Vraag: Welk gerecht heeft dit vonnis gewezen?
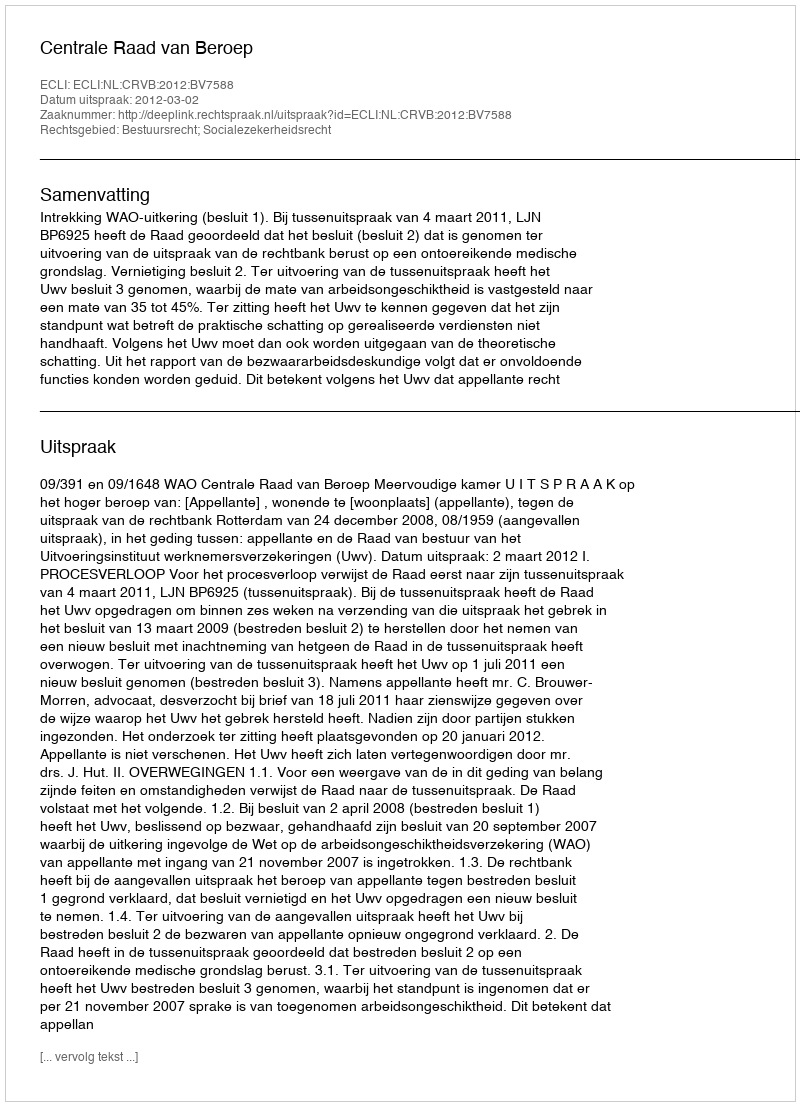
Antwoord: Centrale Raad van Beroep